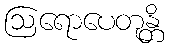
ဩရောပေတုန္တိ